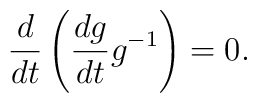
\frac{d}{dt} \left( \frac{dg}{dt}g^{-1} \right) =  0.